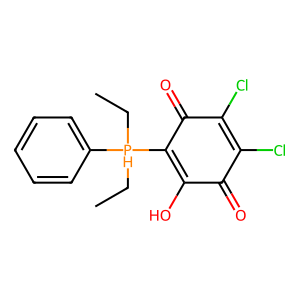
SMILES: CC[PH](CC)(C1=C(O)C(=O)C(Cl)=C(Cl)C1=O)c1ccccc1
Inhibits HIV replication: No